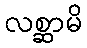
လစ္ဆာမိ